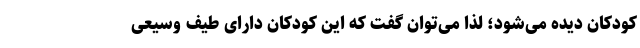
کودکان دیده می‌شود؛ لذا می‌توان گفت که این کودکان دارای طیف وسیعی